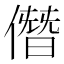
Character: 僭